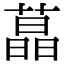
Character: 蕌